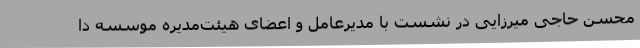
محسن حاجی میرزایی در نشست با مدیرعامل و اعضای هیئت‌مدیره موسسه دا